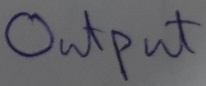
Text: OUTPUT